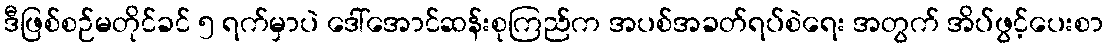
ဒီဖြစ်စဉ်မတိုင်ခင် ၅ ရက်မှာပဲ ဒေါ်အောင်ဆန်းစုကြည်က အပစ်အခတ်ရပ်စဲရေး အတွက် အိပ်ဖွင့်ပေးစာ